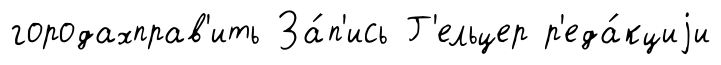
городахправ'ить За́п'ись Г'ельцер р'еда́кциjи